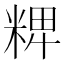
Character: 𥺛